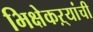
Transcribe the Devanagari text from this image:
भिक्षेकऱ्यांची